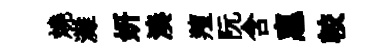
燒灘妍湊羶阮含惠較